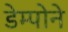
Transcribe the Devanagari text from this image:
डेम्पोने